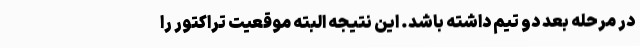
در مرحله بعد دو تیم داشته باشد. این نتیجه البته موقعیت تراکتور را